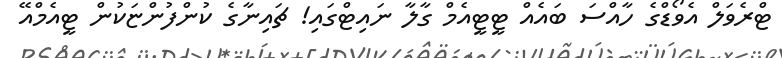
ޓްރެވަލް އެވޯޑްގެ ހާއްސަ ބައެއް ޓީޓީއެމް ގާލާ ނައިޓްގައި! ޗައިނާގެ ކުންފުންޏަކުން ޓީއެމްއޭ